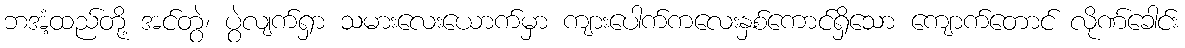
ဘအံ့ထည်တို့ အင်တွဲ၊ ပွဲလျက်ရှာ သမားလေးယောက်မှာ ကျားပေါက်ကလေးနှစ်ကောင်ရှိသော ကျောက်တောင် လိုဏ်ခေါင်း